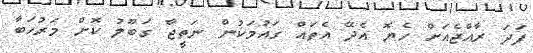
ފަދަ ރާއްޖެއަށް ހެޔޮ އެދޭ އެތައް ގައުމަކުން ނަތީޖާ ގަބޫލު ކޮށް މަރުހަބާ